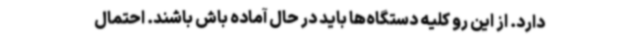
دارد. از این رو کلیه دستگاه‌ها باید در حال آماده باش باشند. احتمال